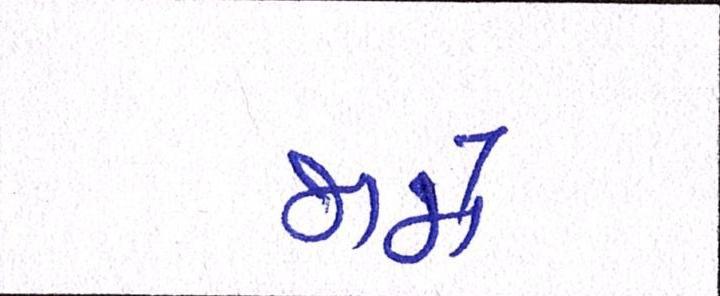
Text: જામે